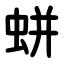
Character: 蛢